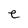
Character: e